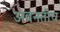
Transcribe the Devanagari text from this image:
अवनतीच